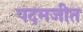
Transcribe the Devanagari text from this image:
पदमजीत